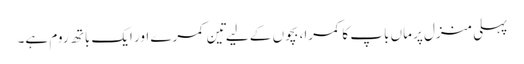
پہلی منزل پر ماں باپ کا کمرا، بچوں کے لیے تِین کمرے اور ایک باتھ روم ہے۔